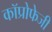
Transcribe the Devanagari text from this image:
कॉप्रोफेजी